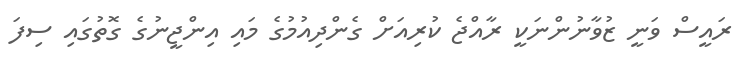
ރައީސް ވަނީ ޒުވާނުންނަކީ ރާއްޖެ ކުރިއަށް ގެންދިއުމުގެ މައި އިންޖީނުގެ ގޮތުގައި ސިފަ